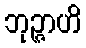
ဘုဉ္ဇာဟိ